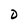
Character: D